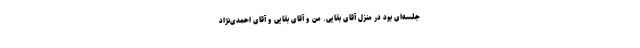
جلسه‌ای بود در منزل آقای بقایی. من و آقای بقایی و آقای احمدی‌نژاد